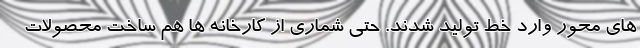
های محور وارد خط تولید شدند. حتی شماری از کارخانه ها هم ساخت محصولات